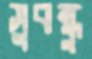
সুবন্ধু